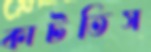
কাটতিস